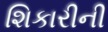
શિકારીની